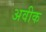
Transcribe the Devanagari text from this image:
अवीक